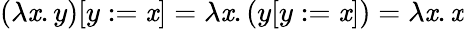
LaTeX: (\lambda\mathit{x}.y)[y:=\mathit{x}]=\lambda\mathit{x}.(y[y:=\mathit{x}])=\lambda\mathit{x}.\mathit{x}